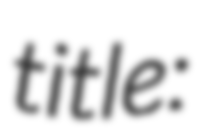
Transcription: title: